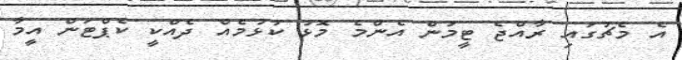
އެ މެޗުގައި ރާއްޖެ ޓީމުން އެންމެ މޮޅު ކުޅުމެއް ދެއްކީ ކެޕްޓަން އީމާ